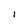
Character: I